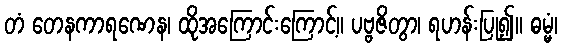
တံ တေနကာရဏေန၊ ထိုအကြောင်းကြောင့်။ ပဗ္ဗဇိတွာ၊ ရဟန်းပြု၍။ ဓမ္မံ၊